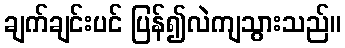
ချက်ချင်းပင် ပြန်၍လဲကျသွားသည်။